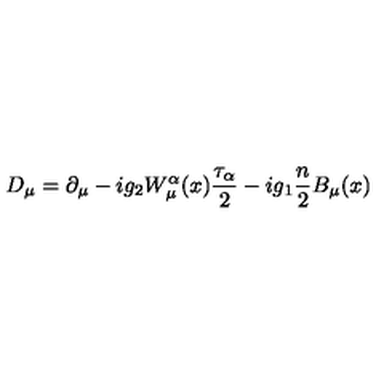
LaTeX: D _ { \mu } = \partial _ { \mu } - i g _ { 2 } W _ { \mu } ^ { \alpha } ( x ) \frac { \tau _ { \alpha } } { 2 } - i g _ { 1 } \frac { n } { 2 } B _ { \mu } ( x )